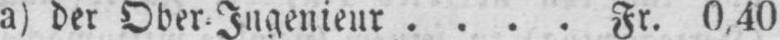
a) der Ober⸗Ingenieur.... .... Fr. 0,40